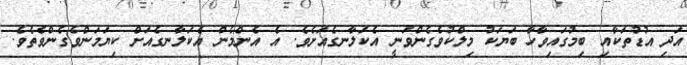
އަދި އުޑުތަކާއި ބިމުގައިވާހާ ބަޔަކު މިލްކުވެގެންވަނީ އެކަލާނގެއަށެވެ. އެ އެންމެން އެކަލާނގެއަށް ކިޔަމަންވެގެންވެތެވެ.